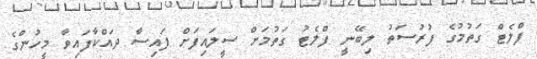
ފްލެޓް ގަތުމުގެ ފުރުސަތު ލިބޭނީ ފްލެޓު ގަތުމަށް ސީލައިފަށް ފައިސާ ދައްކާފައިވާ މީހުންގެ